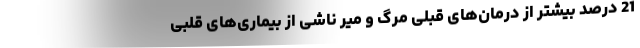
21 درصد بیشتر از درمان‌های قبلی مرگ و میر ناشی از بیماری‌های قلبی